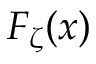
F _ { \zeta } ( x )